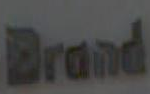
Brand